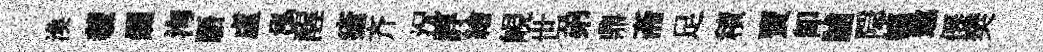
渙羲爛洵䮏盧泓醒瘡齐況諄繪峴世弟鼎斋足積賣即脯隠幰懲僊樊